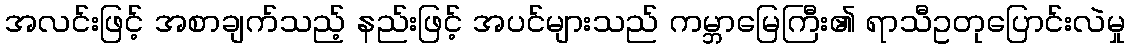
အလင်းဖြင့် အစာချက်သည့် နည်းဖြင့် အပင်များသည် ကမ္ဘာမြေကြီး၏ ရာသီဥတုပြောင်းလဲမှု